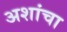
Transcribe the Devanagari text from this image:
अशांचा